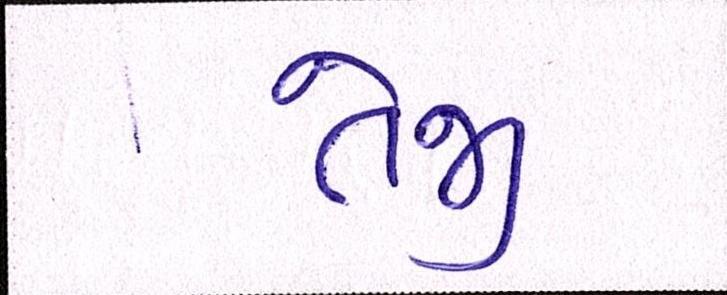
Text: તેજી